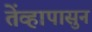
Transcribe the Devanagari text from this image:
तेंव्हापासुन